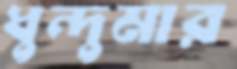
ধুন্দুমার